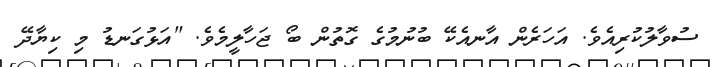
ސުވާލުކުރިއެވެ. އަހަރެން އާނއެކޭ ބުނުމުގެ ގޮތުން ބޯ ޖަހާލީމެވެ. "އަޅުގަނޑު މި ކިޔާދޭ